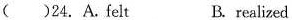
()24.A.feltB.realized